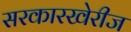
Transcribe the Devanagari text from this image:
सरकारखेरीज